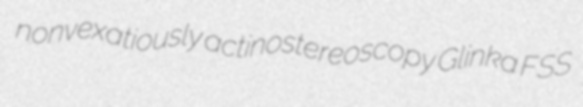
nonvexatiously actinostereoscopy Glinka FSS